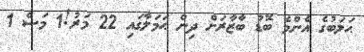
ޙަލަބުގެ އެންމެ ބޮޑު ބާޒާރަށް ދިން ޙަމަލާގައި 22 މަރު!1 މަސް 1